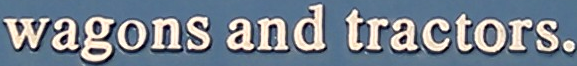
wagons and tractors.